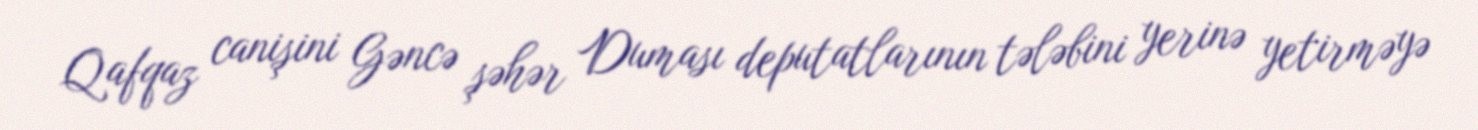
Qafqaz canişini Gəncə şəhər Duması deputatlarının tələbini yerinə yetirməyə